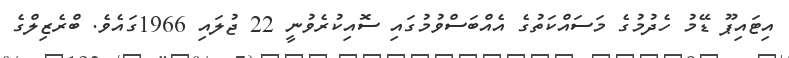
އިޓައިޕޫ ޑޭމު ހެދުމުގެ މަސައްކަތުގެ އެއްބަސްވުމުގައި ސޮއިކުރެވުނީ 22 ޖުލައި 1966ގައެވެ. ބްރެޒިލްގެ